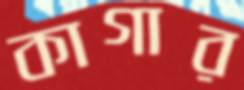
কাগার